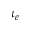
\iota _ { e }